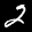
Label: 2